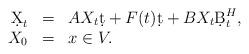
LaTeX: \begin{align*}\begin{array}{rcl}\d X_t&=&AX_t\d t +F(t)\d t + BX_t\d B^H_t,\\X_0&=&x\in V.\end{array}\end{align*}